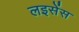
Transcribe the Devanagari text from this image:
लइसेंस